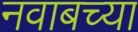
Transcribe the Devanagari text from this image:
नवाबच्या